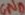
Text: GND